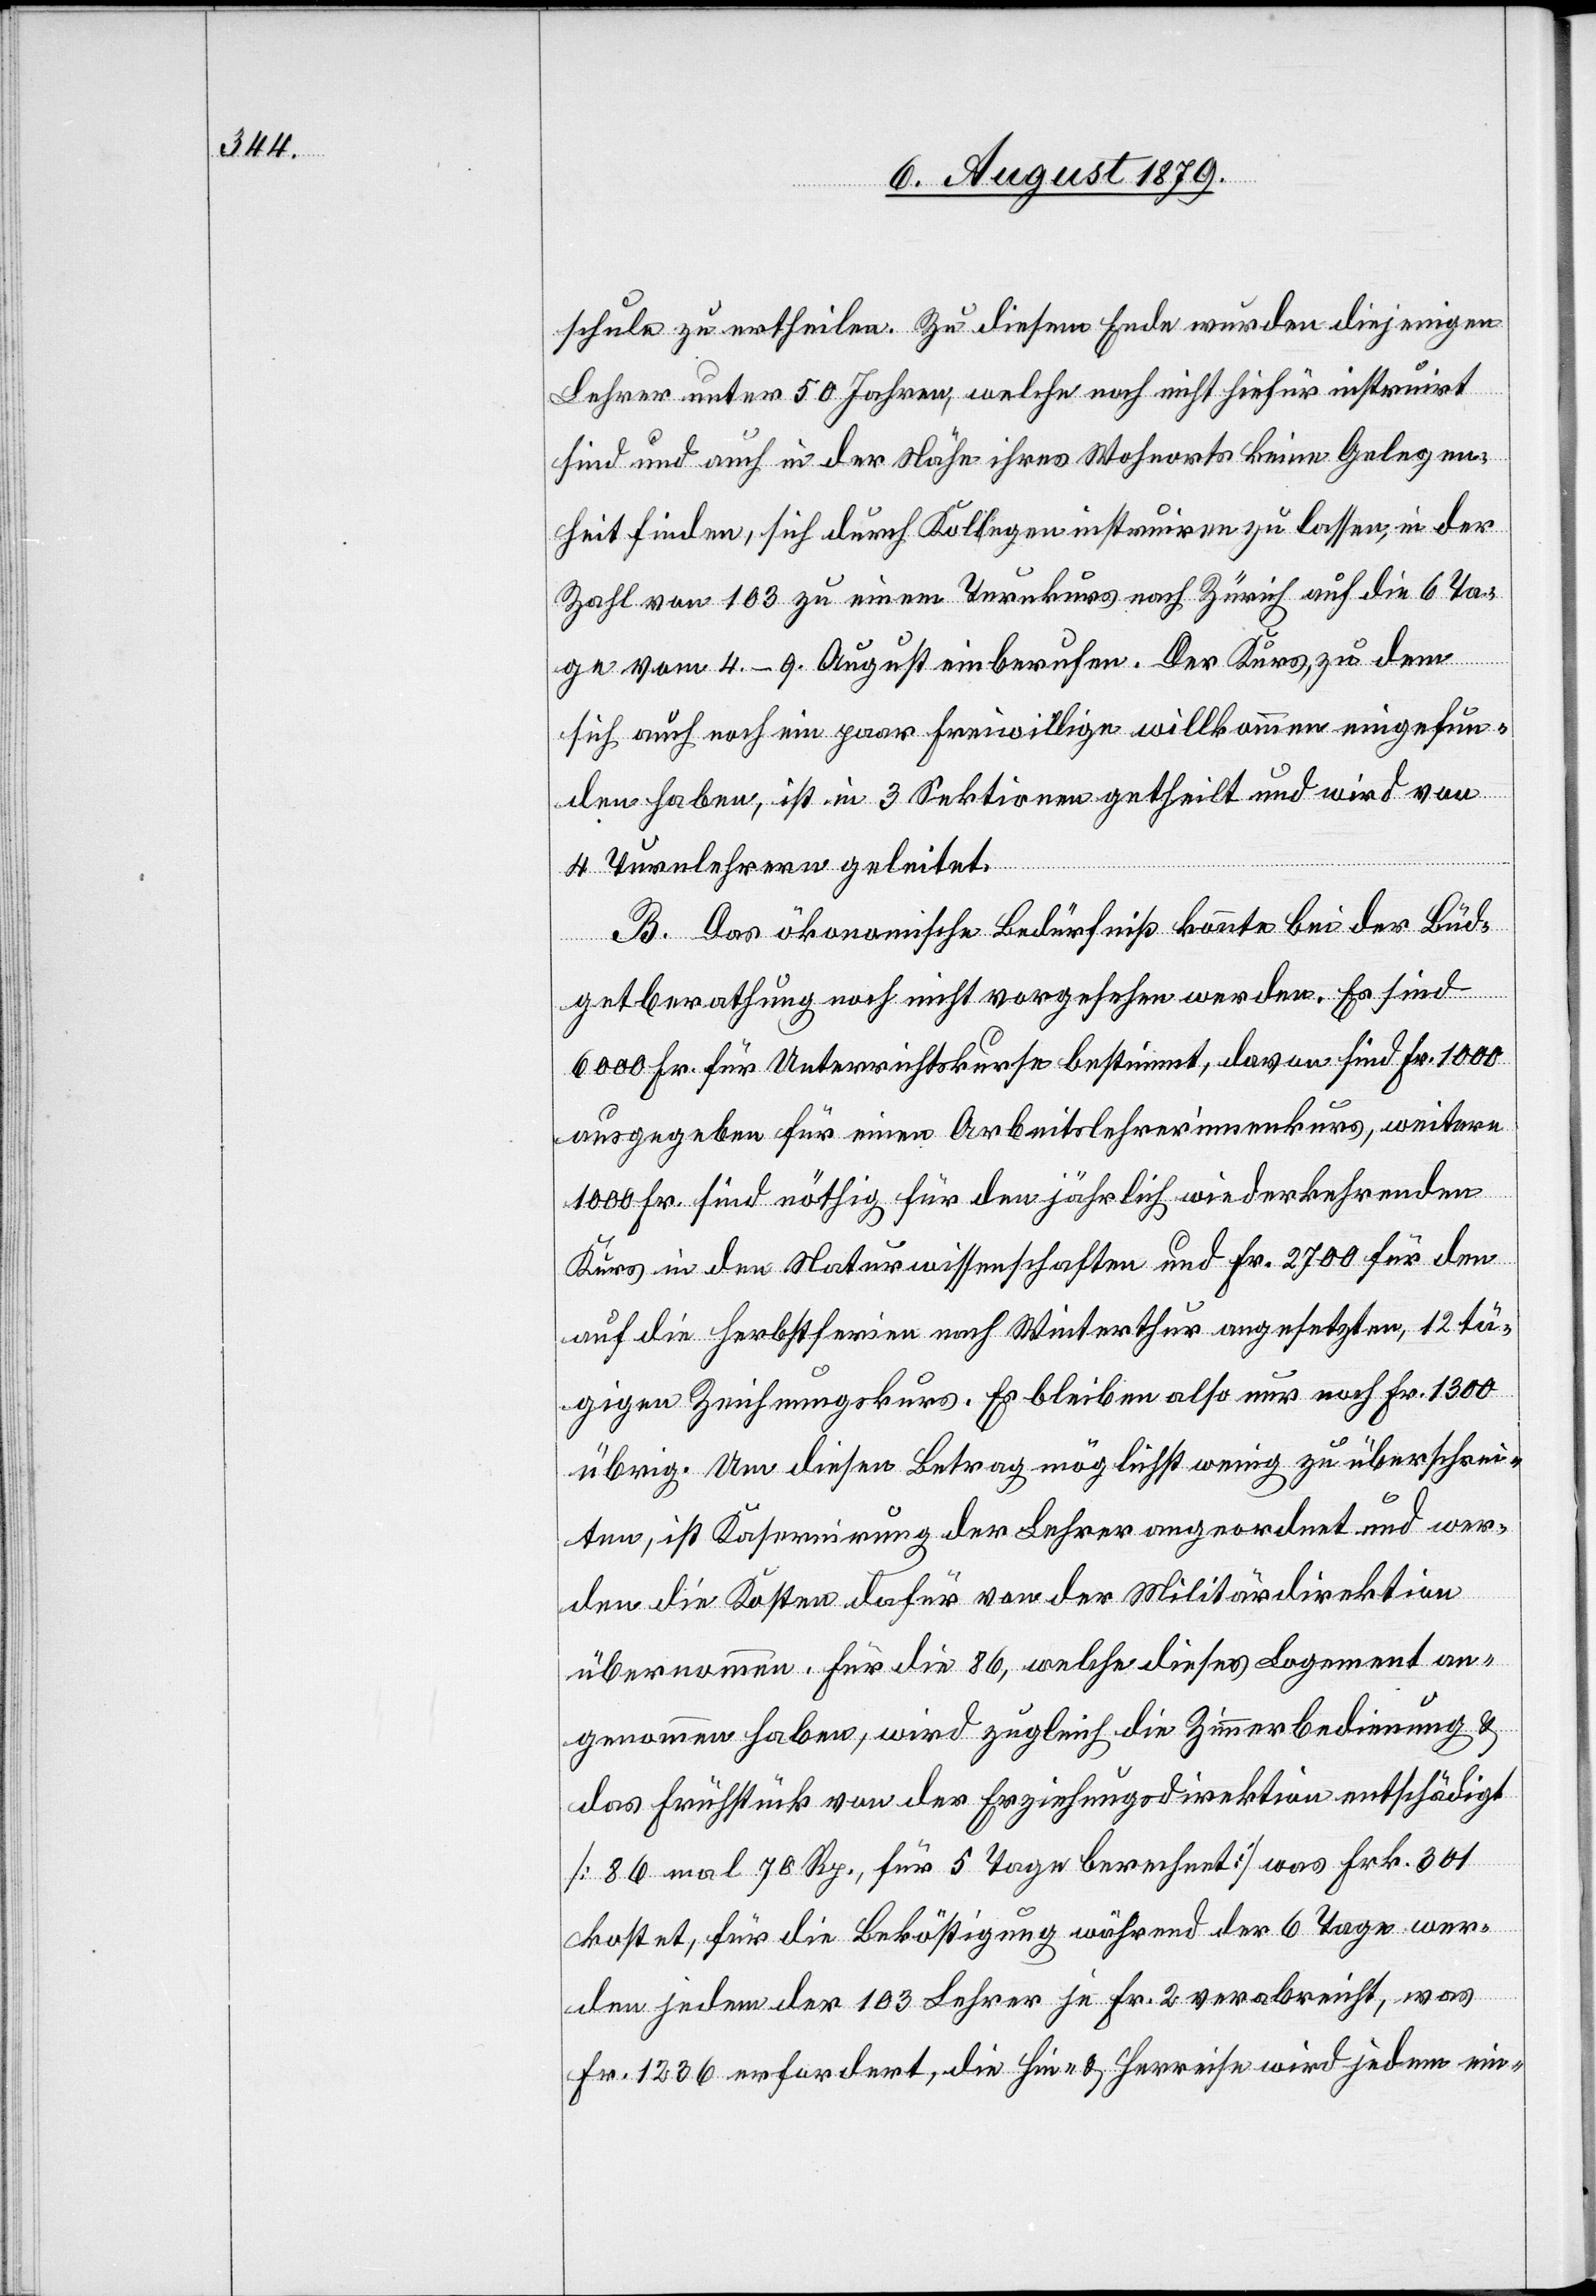
schule zu ertheilen. Zu diesem Ende wurden diejenigen
Lehrer unter 50 Jahren, welche noch nicht hiefür instruirt
sind und auch in der Nähe ihres Wohnorts keine Gelegen¬
heit finden, sich durch Kollegen instruiren zu lassen, in der
Zahl von 103 zu einem Turnkurs nach Zürich auf die 6 Ta¬
ge vom 4.–9. August einberufen. Der Kurs, zu dem
sich auch noch ein paar Freiwillige willkommen eingefun¬
den haben, ist in 3 Sektionen getheilt und wird von
4 Turnlehrern geleitet.
B. Das ökonomische Bedürfniß konnte bei der Büd¬
getberathung noch nicht vorgesehen werden. Es sind
6000 Fr. für Unterrichtskurse bestimmt, davon sind Fr. 1000
ausgegeben für einen Arbeitslehrerinnenkurs, weitere
1000 Fr. sind nöthig für den jährlich wiederkehrenden
Kurs in den Naturwissenschaften und Fr. 2700 für den
auf die Herbstferien nach Winterthur angesetzten, 12 tä¬
gigen Zeichnungskurs. Es bleiben also nur noch Fr. 1300
übrig. Um diesen Betrag möglichst wenig zu überschrei¬
ten, ist Kasernirung der Lehrer angeordnet und wer¬
den die Kosten dafür von der Militärdirektion
übernommen. Für die 86, welche dieses Logement an¬
genommen haben, wird zugleich die Zimmerbedienung &
das Frühstück von der Erziehungsdirektion entschädigt
[86 mal 70 Rp., für 5 Tage berechnet] was Frk. 301
kostet, für die Beköstigung während der 6 Tage wer¬
den jedem der 103 Lehrer je Fr. 2 verabreicht, was
Fr. 1236 erfordert, die Hin- & Herreise wird jedem ein-